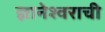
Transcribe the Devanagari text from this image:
ज्ञानेश्वराची